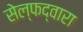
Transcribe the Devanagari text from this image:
सेल्फद्वारा